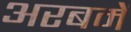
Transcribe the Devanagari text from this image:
अरबमें